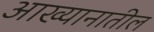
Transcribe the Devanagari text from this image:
आख्यानातील